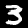
Digit: 3